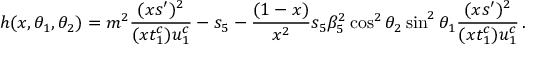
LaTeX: h ( x , \theta _ { 1 } , \theta _ { 2 } ) = m ^ { 2 } \frac { ( x s ^ { \prime } ) ^ { 2 } } { ( x t _ { 1 } ^ { c } ) u _ { 1 } ^ { c } } - s _ { 5 } - \frac { ( 1 - x ) } { x ^ { 2 } } s _ { 5 } \beta _ { 5 } ^ { 2 } \cos ^ { 2 } \theta _ { 2 } \sin ^ { 2 } \theta _ { 1 } \frac { ( x s ^ { \prime } ) ^ { 2 } } { ( x t _ { 1 } ^ { c } ) u _ { 1 } ^ { c } } \, .